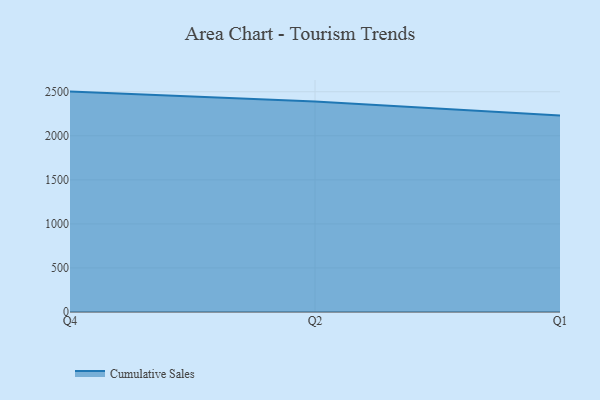
{"axis": {"x": "Quarter", "y": "Inventory Turnover"}, "legend": ["Cumulative Sales"], "data": [{"x": "Q4", "y": 2501.8, "type": "Cumulative Sales"}, {"x": "Q2", "y": 2388.9, "type": "Cumulative Sales"}, {"x": "Q1", "y": 2231.3, "type": "Cumulative Sales"}]}